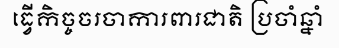
ធ្វើកិច្ចចរចាការពារជាតិ ប្រចាំឆ្នាំ